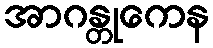
အာဂန္တုကေန